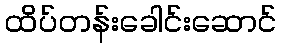
ထိပ်တန်းခေါင်းဆောင်